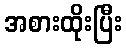
အစားထိုးပြီး